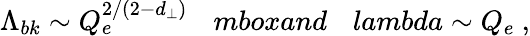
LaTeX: \Lambda_{bk}\sim Q_{e}^{2/(2-d_{\perp})}\ \ \ \, mbox{and}\ \ \ \, lambda\sim Q_{e}\ ,